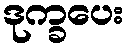
ဒုက္ခပေး